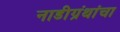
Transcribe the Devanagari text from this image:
नाडीग्रंथांचा